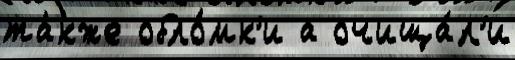
та́кже обло́мк'и а очища́л'и